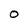
Character: 0